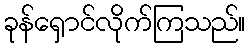
ခုန်ရှောင်လိုက်ကြသည်။